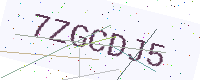
Text: 7ZGCDJ5